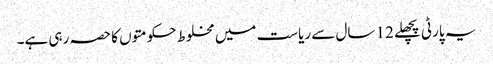
یہ پارٹی پچھلے 12 سال سے ریاست میں مخلوط حکومتوں کا حصہ رہی ہے۔